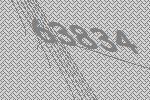
63834